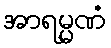
အာရမ္မဏံ